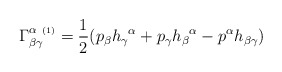
\begin{align*}\Gamma^{\alpha\ {\scriptscriptstyle (1)}}_{\beta\gamma} =\frac{1}{2} (p_\beta h_\gamma{}^\alpha + p_\gamma h_\beta{}^\alpha- p^\alpha h_{\beta\gamma})\end{align*}